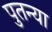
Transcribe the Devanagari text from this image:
पुतन्या